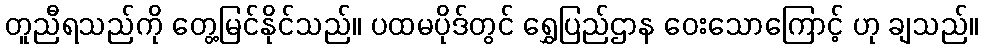
တူညီရသည်ကို တွေ့မြင်နိုင်သည်။ ပထမပိုဒ်တွင် ရွှေပြည်ဌာန ဝေးသောကြောင့် ဟု ချသည်။